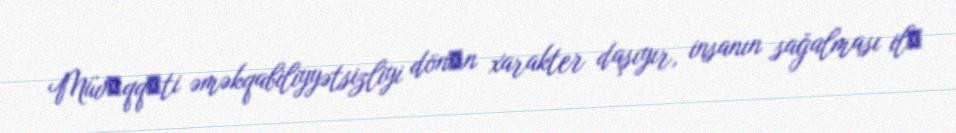
Müvәqqәti əməkqabiliyyətsizliyi dönәn xarakter daşıyır, insanın sağalması ilә